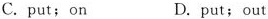
C. put; on D. put; out